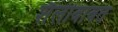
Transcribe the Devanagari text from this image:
शैलीबाबत